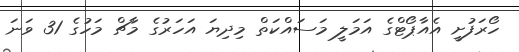
ހޯރަފުށީ އެއާޕޯޓްގެ އަމަލީ މަސައްކަތް މިދިޔަ އަހަރުގެ މާޗް މަހުގެ 31 ވަނަ